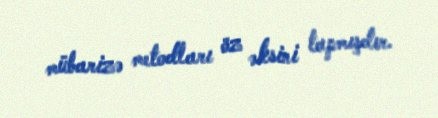
mübarizə metodları öz əksini tapmışdır.